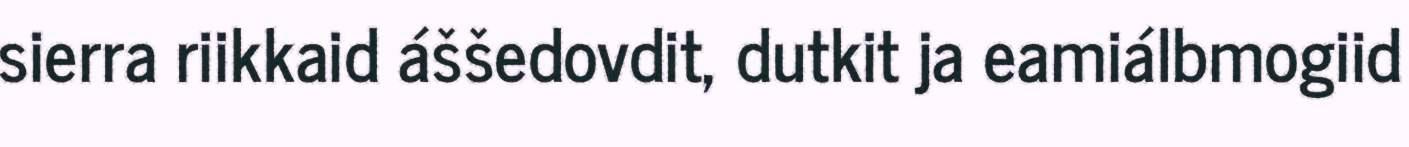
sierra riikkaid áššedovdit, dutkit ja eamiálbmogiid